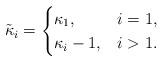
LaTeX: \begin{align*}\tilde{\kappa}_i=\begin{cases}\kappa_1,&i=1,\\\kappa_i-1, & i>1.\end{cases}\end{align*}